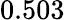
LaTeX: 0.503